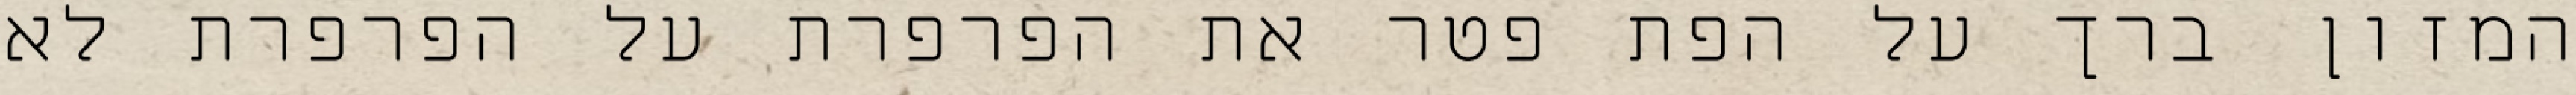
המזון ברך על הפת פטר את הפרפרת על הפרפרת לא